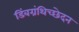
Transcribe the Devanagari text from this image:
डिंबग्रंथिच्छेदन